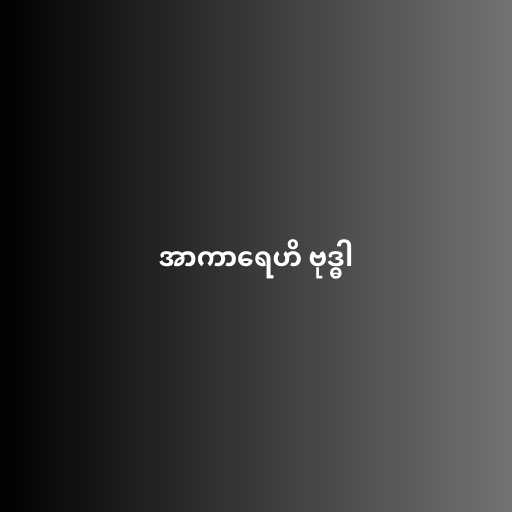
အာကာရေဟိ ဗုဒ္ဓါ